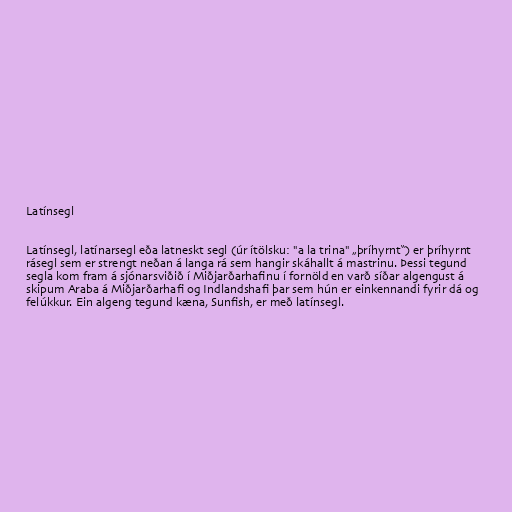
Latínsegl

Latínsegl, latínarsegl eða latneskt segl (úr ítölsku: "a la trina" „þríhyrnt“) er þríhyrnt
rásegl sem er strengt neðan á langa rá sem hangir skáhallt á mastrinu. Þessi tegund
segla kom fram á sjónarsviðið í Miðjarðarhafinu í fornöld en varð síðar algengust á
skipum Araba á Miðjarðarhafi og Indlandshafi þar sem hún er einkennandi fyrir dá og
felúkkur. Ein algeng tegund kæna, Sunfish, er með latínsegl.